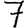
Digit: 7